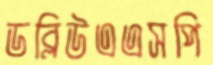
ডব্লিউএএসপি